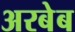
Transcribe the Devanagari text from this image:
अरबेब